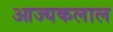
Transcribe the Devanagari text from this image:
आज्यकलाल